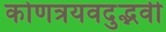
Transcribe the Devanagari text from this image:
कोणत्रयवदुद्भवी